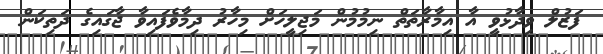
ފަޒުލް ވިދާޅުވީ އާ އިމާރާތަތް ނިމުމުން މަޖިލީހަށް މިހާރު ދިމާވެފައިވާ ޖާގައިގެ ދަތިކަން